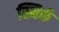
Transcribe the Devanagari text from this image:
स्मिर्क